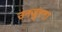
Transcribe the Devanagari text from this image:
उनजुरना